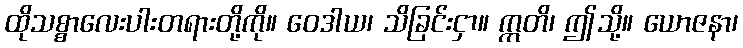
ထိုသစ္စာလေးပါးတရားတို့ကို။ ဝေဒါယ၊ သိခြင်းငှာ။ ဣတိ၊ ဤသို့။ ယောဇနာ၊